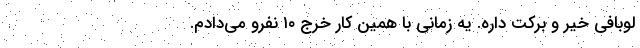
لوبافی خیر و برکت داره. یه زمانی با همین کار خرج ۱۰ نفرو می‌دادم.